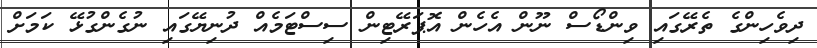
ދިވެހިންގެ ތެރޭގައި ވިންޑޯސް ނޫން އެހެން އޮޕަރޭޓިން ސިސްޓަމެއް ދުނިޔޭގައި ނުގެންގުޅޭ ކަމަށް